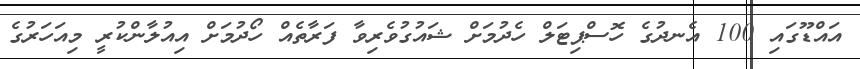
އައްޑޫގައި 100 އެނދުގެ ހޮސްޕިޓަލް ހެދުމަށް ޝައުގުވެރިވާ ފަރާތެއް ހޯދުމަށް އިއުލާންކުރީ މިއަހަރުގެ